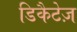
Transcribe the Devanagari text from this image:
डिकैटेज़